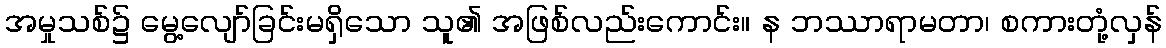
အမှုသစ်၌ မွေ့လျော်ခြင်းမရှိသော သူ၏ အဖြစ်လည်းကောင်း။ န ဘဿာရာမတာ၊ စကားတုံ့လှန်